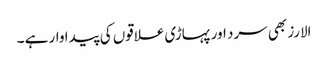
الارز بھی سرد اور پہاڑی علاقوں کی پیدا وار ہے ۔